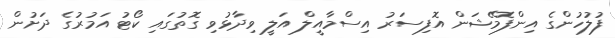
ފުލުހުންގެ އިންފޮމޭޝަން އޮފިސަރު އިސްމާއީލް އަލީ ވިދާޅުވި ގޮތުގައި ކޯޓު އަމުރުގެ ދަށުން